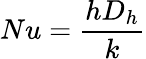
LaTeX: Nu=\frac{hD_{h}}{k}